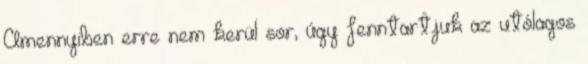
Amennyiben erre nem kerül sor, úgy fenntartjuk az utólagos